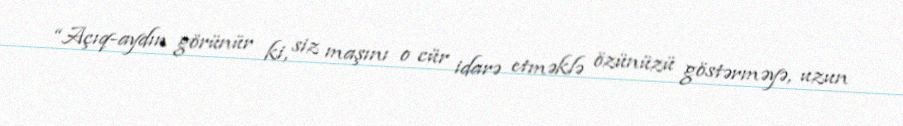
“Açıq-aydın görünür ki, siz maşını o cür idarə etməklə özünüzü göstərməyə, uzun